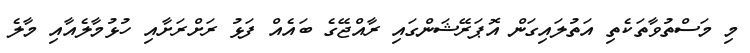
މި މަސްތުވާތަކެތި އަތުލައިގަން އޮޕަރޭޝަންގައި ރާއްޖޭގެ ބައެއް ފަޅު ރަށްރަށާއި ހުޅުމާލެއާއި މާލެ